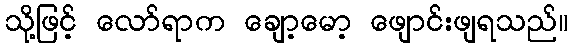
သို့ဖြင့် လော်ရာက ချော့မော့ ဖျောင်းဖျရသည်။